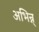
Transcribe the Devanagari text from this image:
अभिन्न्